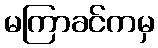
မကြာခင်ကမှ